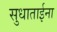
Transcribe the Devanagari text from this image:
सुधाताईना